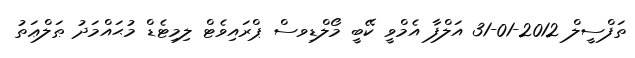
ތަފްސީލް 2012-01-31 އަލްފާ އެމްވީ ކޭބީ މޯލްޑިވސް ޕްރައިވެޓް ލިމިޓެޑް މުޙައްމަދު ޠަލްޢަތު